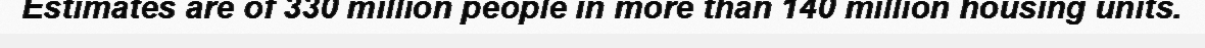
Estimates are of 330 million people in more than 140 million housing units.